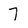
Character: 7